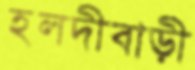
হলদীবাড়ী